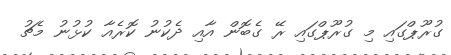
ގުރޫޕްގައި މި ގުރޫޕްގައި ރޭ ގެބޮން އާއި ދެކުނު ކޮރެއާ ކުޅުނު މެޗު